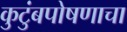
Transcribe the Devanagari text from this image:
कुटुंबपोषणाचा